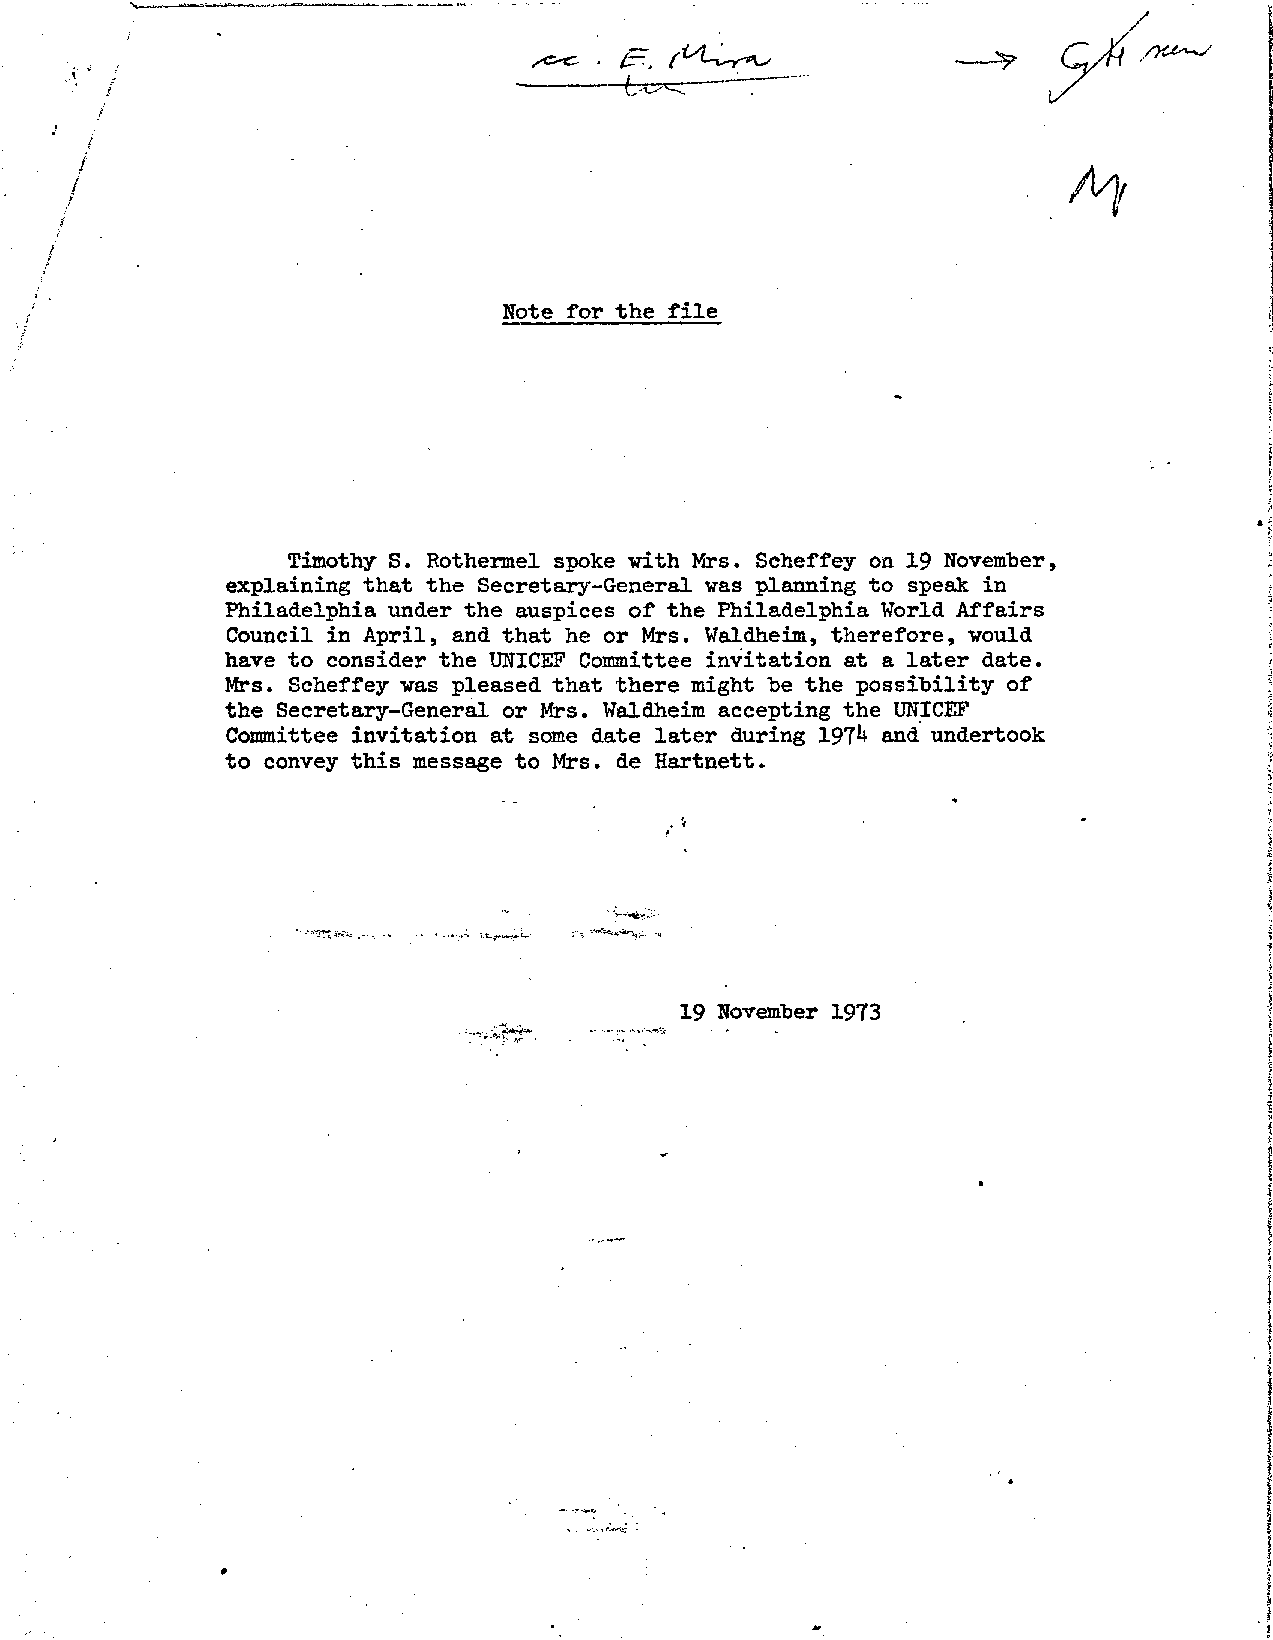
/
 /
 A],
 Note for the file
 Timothy S. Rothermel spoke vith Mrs. Scheffey on 19 November,
 explaining that the Secretary-General was planning to speak in
 Philadelphia under the auspices of the Philadelphia World Affairs
 Council in April, and that he or Mrs. Waldheim, therefore, vould
 have to consider the UNICEF Committee invitation at a later date.
 Mrs. Scheffey vas pleased that there might be the possibility of
 the Secretary-General or Mrs. Waldheim accepting the UNICEF
 Committee invitation at some date later during 197^ and undertook
 to convey this message to Mrs. de Hartnett.
 19 November 1973